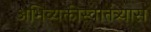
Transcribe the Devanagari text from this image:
अभिव्यक्तीस्वातंत्र्यास